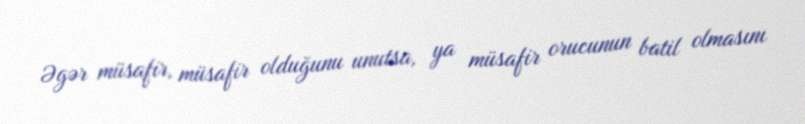
Əgər müsafir, müsafir olduğunu unutsa, ya müsafir orucunun batil olmasını